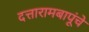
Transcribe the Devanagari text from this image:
दत्तारामबापूंचे